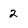
Character: 2